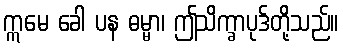
ဣမေ ခေါ ပန ဓမ္မာ၊ ဤသိက္ခာပုဒ်တို့သည်။